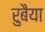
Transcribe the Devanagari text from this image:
रुबैया